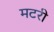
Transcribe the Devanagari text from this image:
मटरी